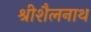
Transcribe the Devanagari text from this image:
श्रीशैलनाथ